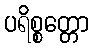
ပရိစ္စတ္တော